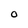
Character: 0